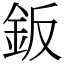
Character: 鈑